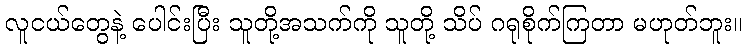
လူငယ်တွေနဲ့ ပေါင်းပြီး သူတို့အသက်ကို သူတို့ သိပ် ဂရုစိုက်ကြတာ မဟုတ်ဘူး။